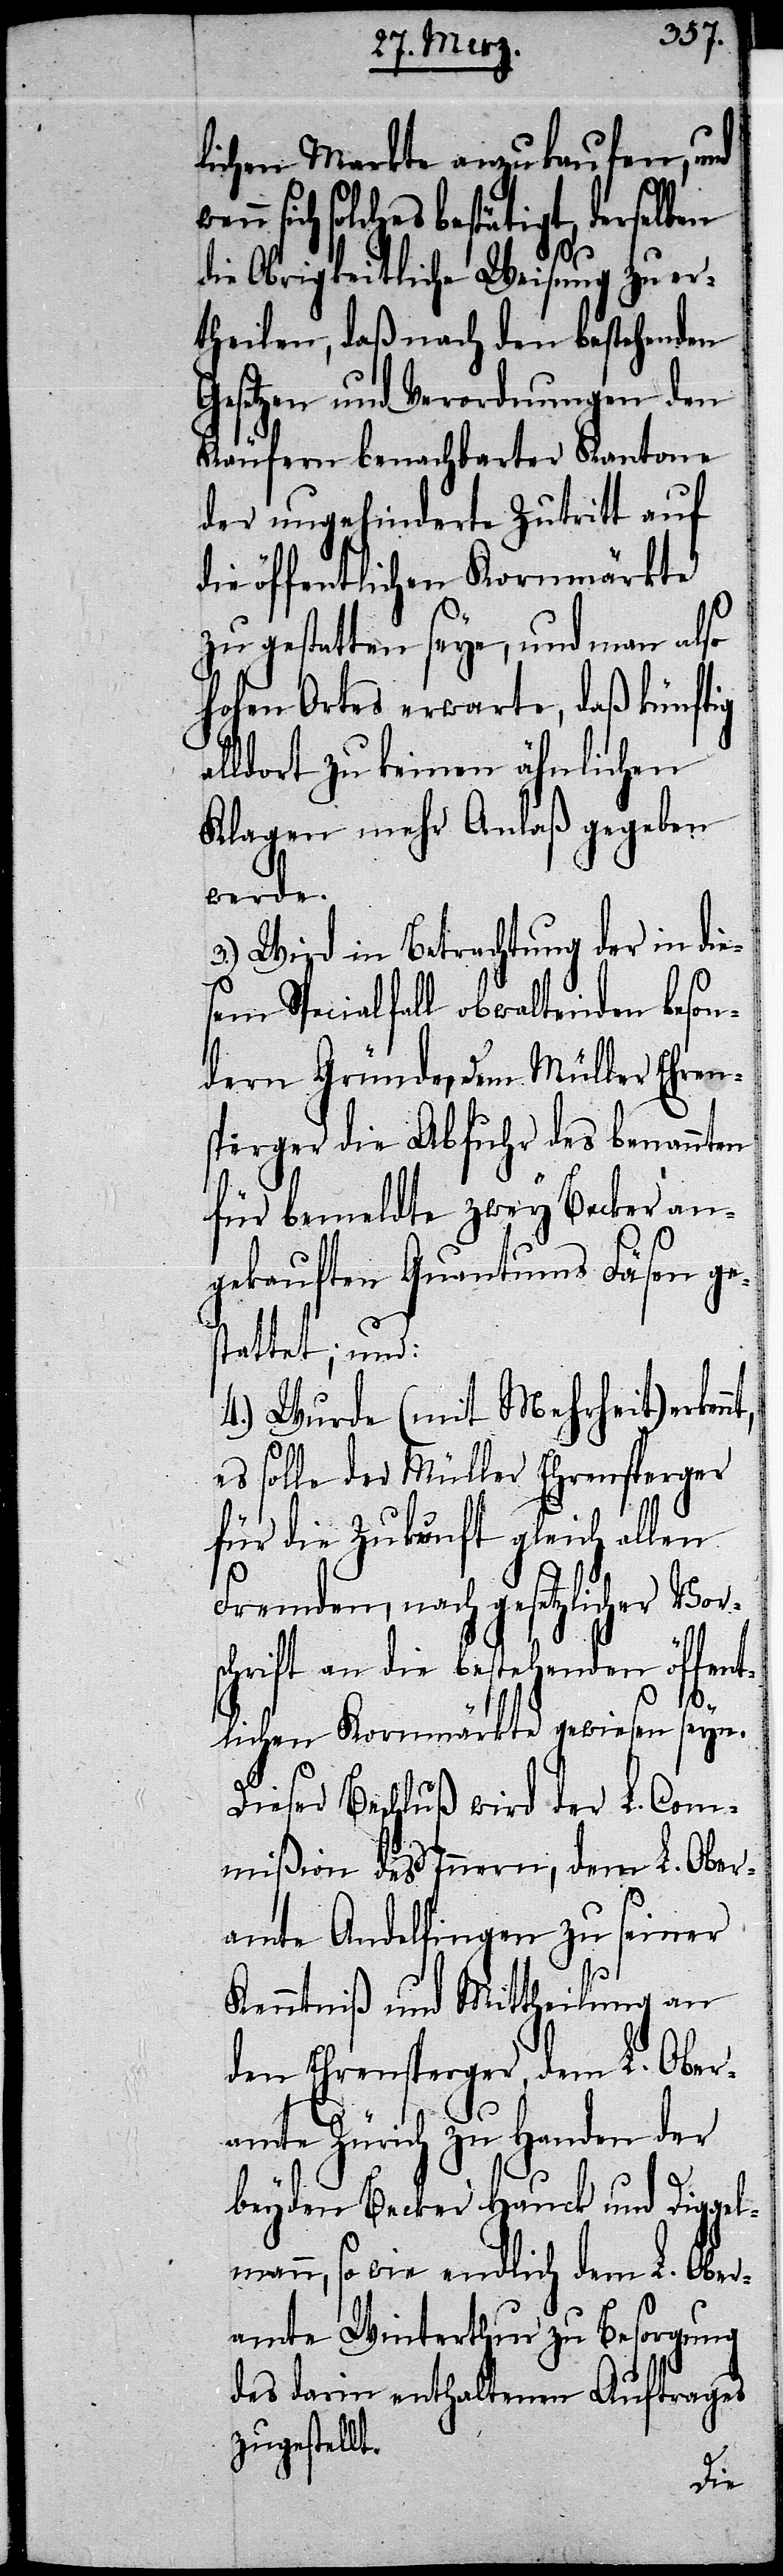
lichen Markte anzukaufen, und
solches bestätigt, derselben
die Obrigkeitliche Weisung zu er¬
theilen, daß nach den bestehenden
Gesetzen und Verordnungen den
Käufern benachbarter Kantone
der ungehinderte Zutritt auf
die öffentlichen Kornmärkte
zu gestatten seye, und man also
hohen Ortes erwarte, daß künftig
lldort zu keinen ähnlichen
Klagen mehr Anlaß gegeben
werde.
3.) Wird in Betrachtung der in die¬
sem Specialfall obwaltenden beson¬
dern Gründe, dem Müller Ehren¬
sperger die Abfuhr des benannten
für bemeldte zwey Becker an¬
gekauften Quantums Fäsen ge¬
stattet; und:
4.) Wurde (mit Mehrheit) erken¬
es solle der Müller Ehrensperger
für die Zukunft gleich allen
Fremden, nach gesetzlicher Vor¬
schrift an die bestehenden öffent¬
nt,
lichen Kornmärkte gewiesen seyn.
Dieser Beschluß wird der L. Com¬
mißion des Innern, dem L. Ober¬
amte Andelfingen zu seiner
Kenntniß und Mittheilung an
den Ehrensperger, dem L. Ober¬
amte Zürich zu Handen der
beyden Becker Hauck und Digge¬
lmann, so wie endlich dem L. Ober¬
amte Winterthur zu Besorgung
des darin enthaltenen Auftrages
zugestellt.